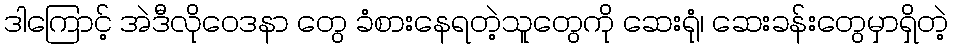
ဒါကြောင့် အဲဒီလိုဝေဒနာ တွေ ခံစားနေရတဲ့သူတွေကို ဆေးရုံ၊ ဆေးခန်းတွေမှာရှိတဲ့